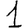
Digit: 1